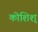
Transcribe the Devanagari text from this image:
कोशिश्